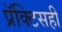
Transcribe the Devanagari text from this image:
प्रॅक्टिसही